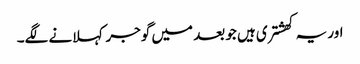
اور یہ کھشتری ہیں جو بعد میں گوجر کہلانے لگے۔